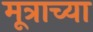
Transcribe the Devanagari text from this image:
मूत्राच्या